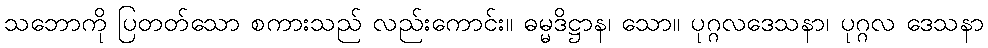
သဘောကို ပြတတ်သော စကားသည် လည်းကောင်း။ ဓမ္မဒိဋ္ဌာန၊ သော။ ပုဂ္ဂလဒေသနာ၊ ပုဂ္ဂလ ဒေသနာ